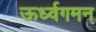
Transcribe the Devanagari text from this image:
ऊर्ध्वगमन